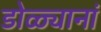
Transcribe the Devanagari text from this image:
डोळ्यानां